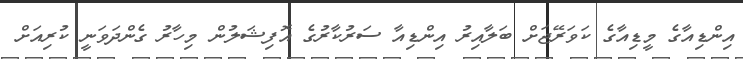
އިންޑިއާގެ މީޑިއާގެ ކަވަރޭޖަށް ބަލާއިރު އިންޑިއާ ސަރުކާރުގެ އޮފިޝަލުން މިހާރު ގެންދަވަނީ ކުރިއަށް